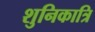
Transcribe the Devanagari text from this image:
शुनिकात्रि